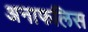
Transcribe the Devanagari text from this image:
अनाफलिस